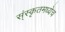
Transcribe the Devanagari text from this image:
स्ंस्कृतमध्येच